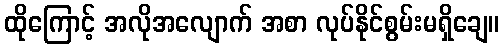
ထိုကြောင့် အလိုအလျောက် အစာ လုပ်နိုင်စွမ်းမရှိချေ။